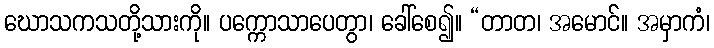
ဃောသကသတို့သားကို။ ပက္ကောသာပေတွာ၊ ခေါ်စေ၍။ “တာတ၊ အမောင်။ အမှာကံ၊